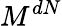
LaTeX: M^{dN}